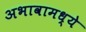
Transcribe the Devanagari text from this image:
अभावामध्ये